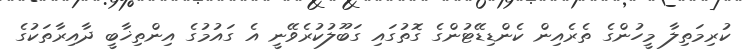
ކުރިމަތިލާ މީހުންގެ ތެރެއިން ކެންޑިޑޭޓުންގެ ގޮތުގައި ގަބޫލުކުރެވޭނީ އެ ގައުމުގެ އިންތިޚާބީ ދާއިރާތަކުގެ